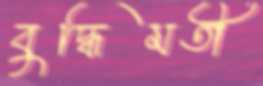
বুদ্ধিমতী